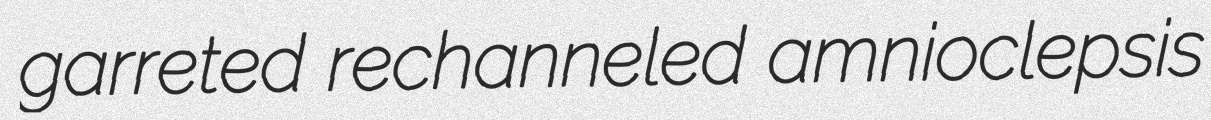
garreted rechanneled amnioclepsis